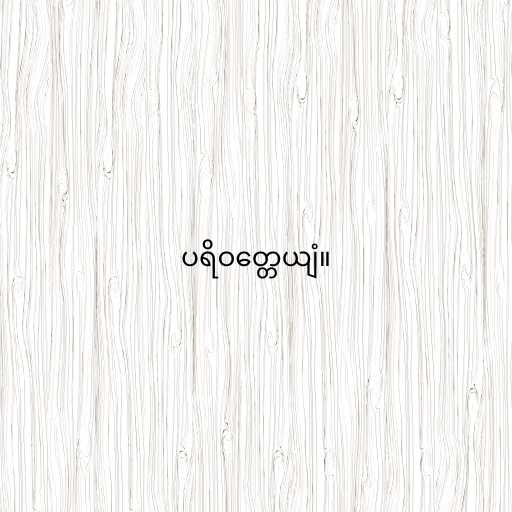
ပရိဝတ္တေယျံ။